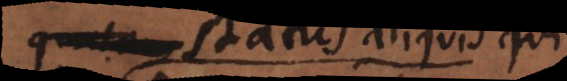
est status aliquis qui